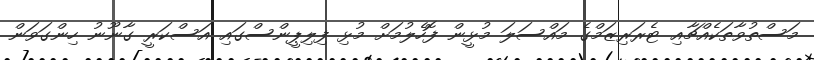
މަސްތުވާތަކެއްޗާއި ޓެރަރިޒަމްގެ މައްސަލަ މުޅީން ފޮހެލުމަށް މުޅި ފިލިޕީންސްގައި އަސްކަރީ ގާނޫނު ހިންގަވަން